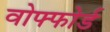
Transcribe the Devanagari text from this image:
वोफ्फोर्ड